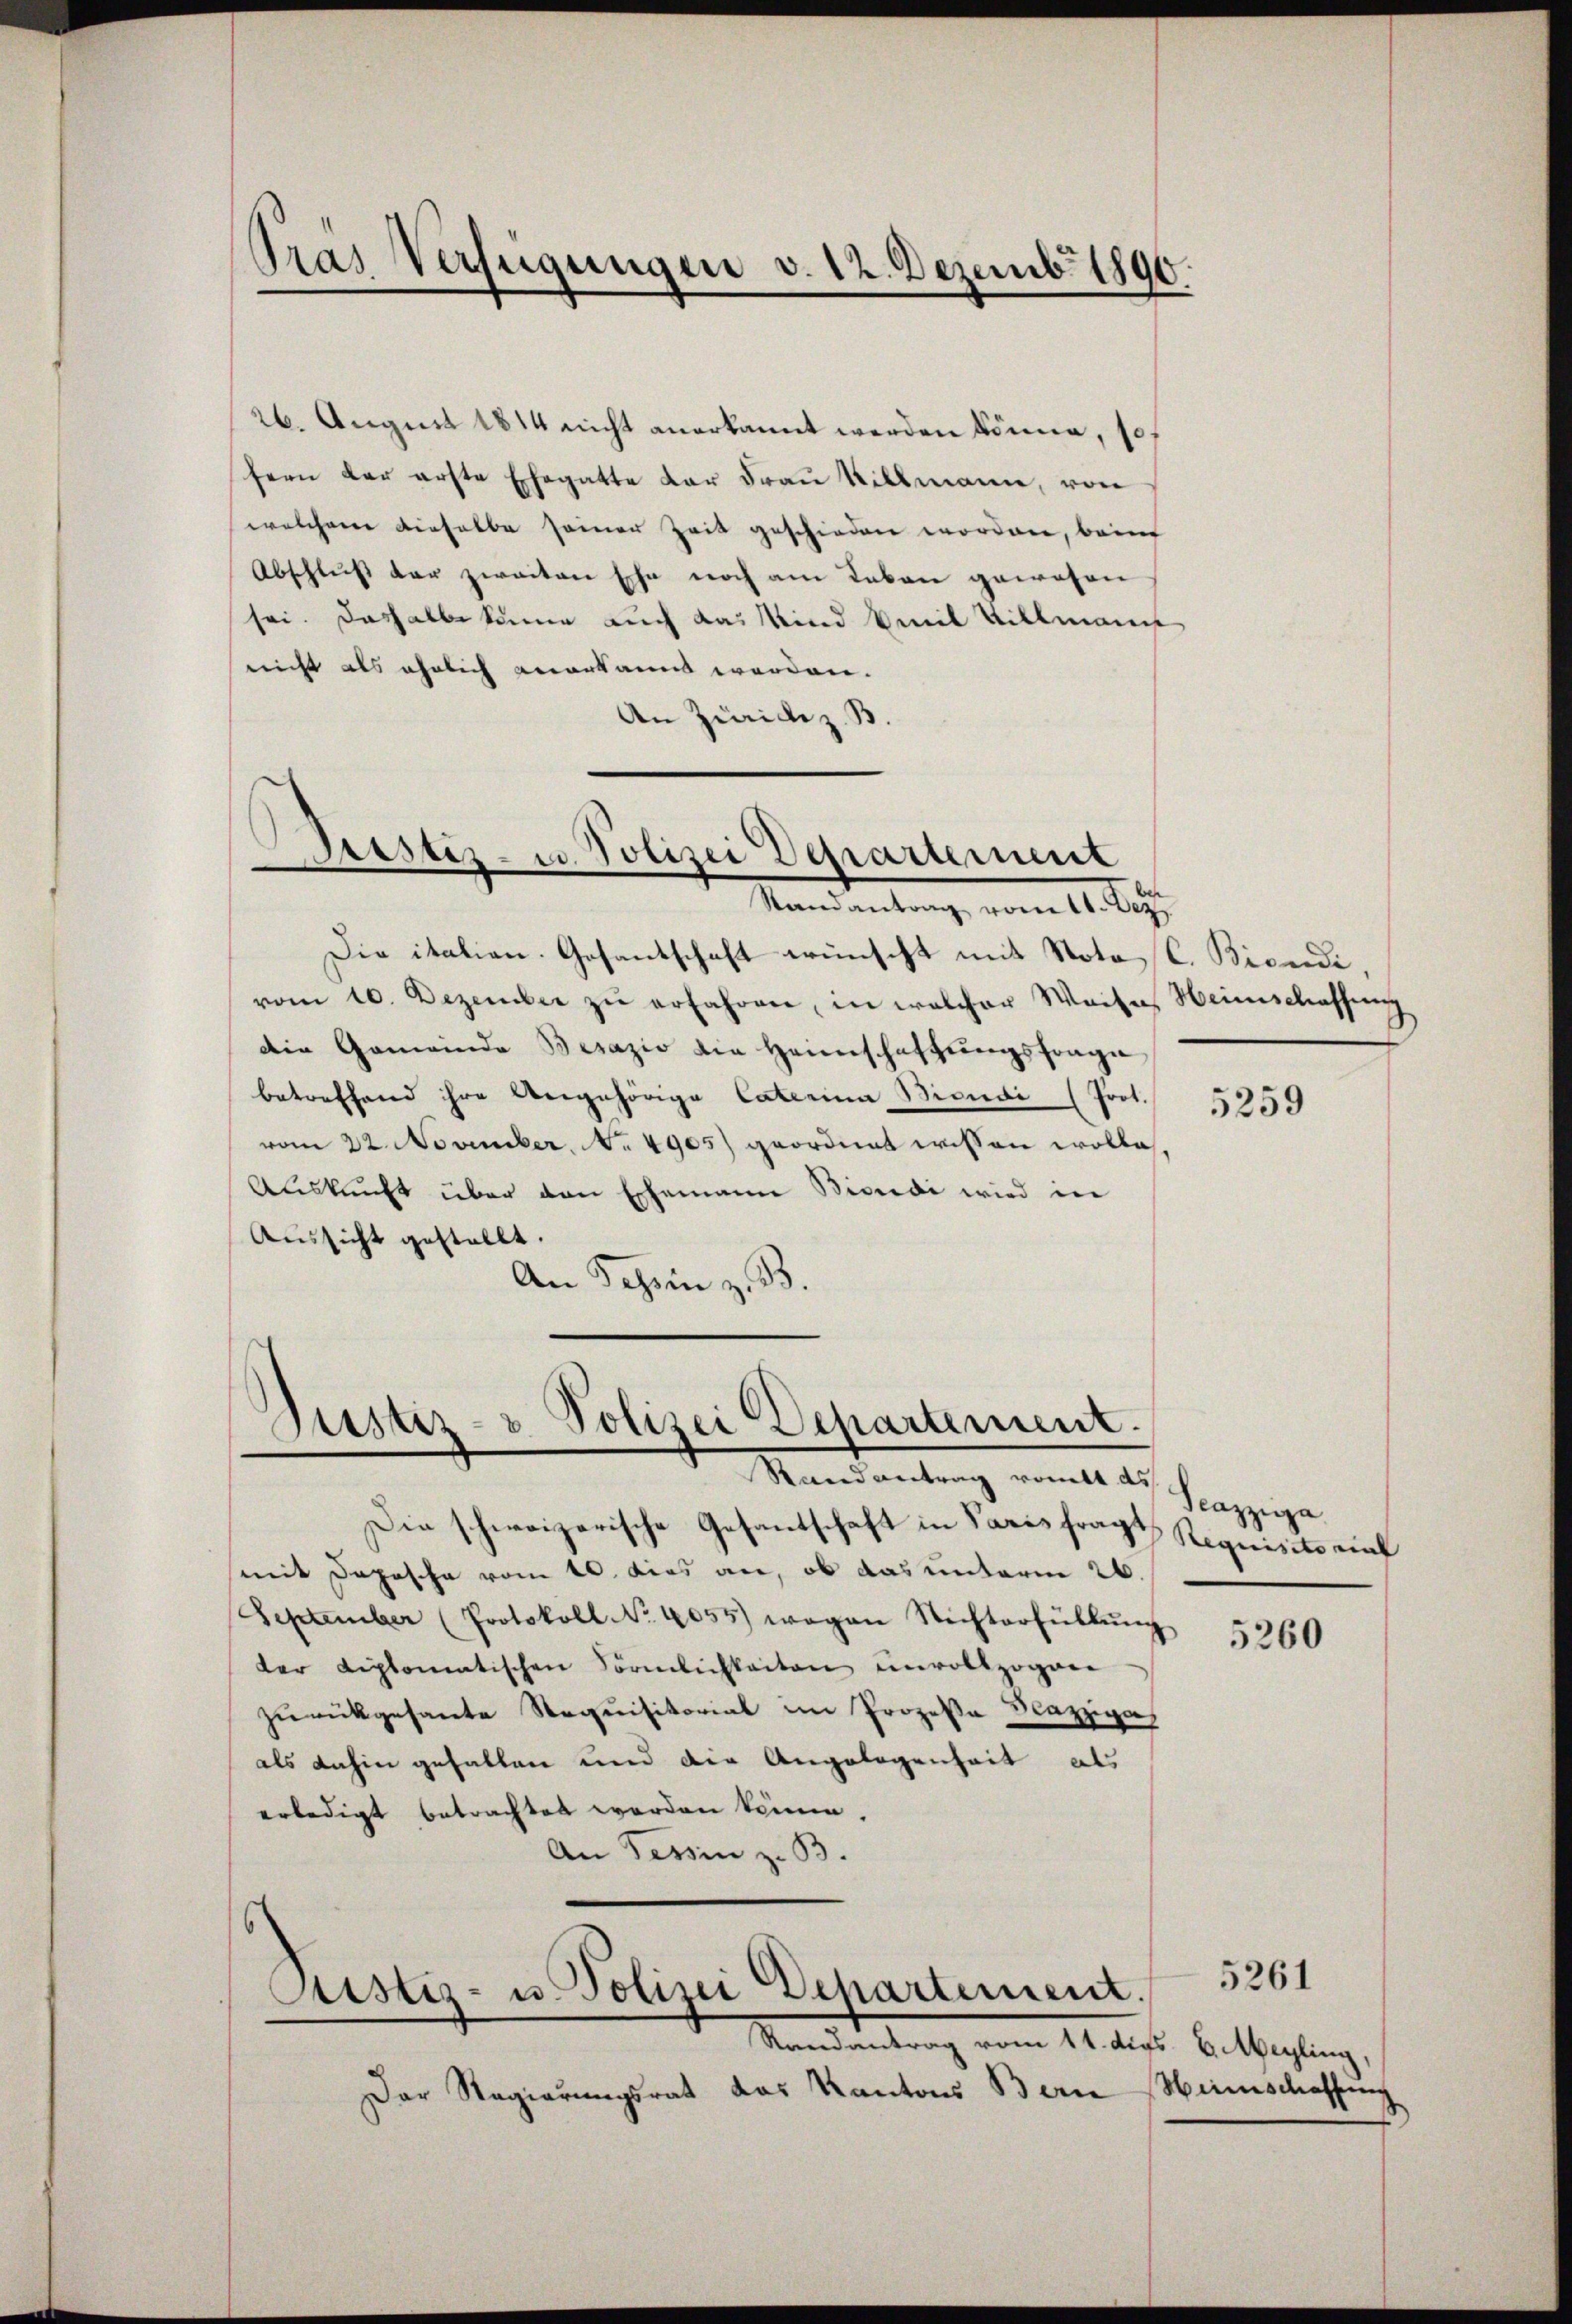
Tras Verfügungen v. 12. Dezemb. 1890.

Die italien. Gesantschaft wünscht mit Noto, C. Biendi
vom 10. Dezember zŭ erfahren, in welcher Waiser Weinschaffung
Die Gemeinde Besazio die Heimschaffungsfrage
betreffend ihre Angehörige Caterina Bisudi (Poot.
vom 22. November, No 4905) geordnet wissen wolle
Auskunft über den Ehemann Bisudi wird in
Aussicht gestellt.
An Tessin z. B.

26. August 1814 nicht anerkannt werden könne, so
fern der erste Ehegatte der Frau Sillmann, von
welchem dieselbe seiner Zeit geschieden worden, beim
Abschluß der zweiten Ehe noch am Leben gewesen
sei. Deshalb könne auch das Kind mit Villmann
nicht als ähnlich verkannt werden.
An Züriciz. B.

itstiz- u. Polizei Departement
Randantrag vom 11. Dez.

d
Justiz- & Polizei Departement.

s
Sistiz- u. Polizei Departement.

Rand antrag vombt de
Die schweizerische Gesantschaft in Paris fragt Requisit einf
mit Depesche vom 10. dies an, ob das unterm 26.
September (Protokoll No 4055) wegen Nichterfüllŭng
der Liplomatischen Förmlichkeiten unvollzogen
zŭrückgesante Requisitorial im Prozeße Bazziga
als dahin gehalten und die Angelegenheit als
erledigt betrachtet werden könne.
An Tessin z. B.

Randantrag vom 14. dies 6. Megling,
Der Regierungsrat das Kantons Bern

5259

Scazziga

5260

Hirnschaffung

5261